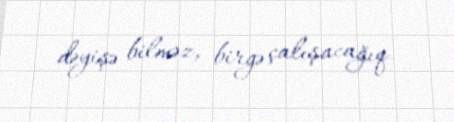
dəyişə bilməz, birgə çalışacağıq.